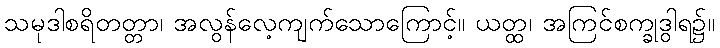
သမုဒါစရိတတ္တာ၊ အလွန်လေ့ကျက်သောကြောင့်။ ယတ္ထ၊ အကြင်စက္ခုဒွါရ၌။